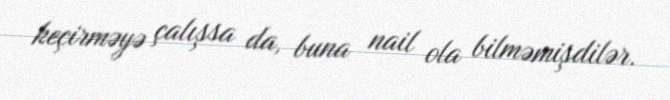
keçirməyə çalışsa da, buna nail ola bilməmişdilər.